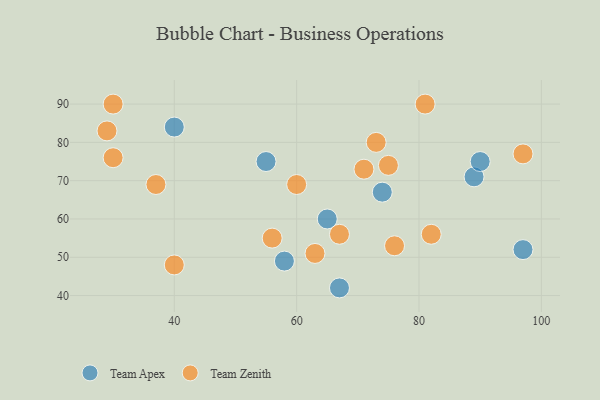
{"axis": {"x": "GDP", "y": "Life Expectancy"}, "legend": ["Team Apex", "Team Zenith"], "data": [{"x": "97", "y": 52, "type": "Team Apex"}, {"x": "65", "y": 60, "type": "Team Apex"}, {"x": "89", "y": 71, "type": "Team Apex"}, {"x": "74", "y": 67, "type": "Team Apex"}, {"x": "58", "y": 49, "type": "Team Apex"}, {"x": "90", "y": 75, "type": "Team Apex"}, {"x": "67", "y": 42, "type": "Team Apex"}, {"x": "40", "y": 84, "type": "Team Apex"}, {"x": "55", "y": 75, "type": "Team Apex"}, {"x": "73", "y": 80, "type": "Team Zenith"}, {"x": "30", "y": 90, "type": "Team Zenith"}, {"x": "75", "y": 74, "type": "Team Zenith"}, {"x": "97", "y": 77, "type": "Team Zenith"}, {"x": "56", "y": 55, "type": "Team Zenith"}, {"x": "81", "y": 90, "type": "Team Zenith"}, {"x": "60", "y": 69, "type": "Team Zenith"}, {"x": "76", "y": 53, "type": "Team Zenith"}, {"x": "30", "y": 76, "type": "Team Zenith"}, {"x": "63", "y": 51, "type": "Team Zenith"}, {"x": "71", "y": 73, "type": "Team Zenith"}, {"x": "40", "y": 48, "type": "Team Zenith"}, {"x": "82", "y": 56, "type": "Team Zenith"}, {"x": "67", "y": 56, "type": "Team Zenith"}, {"x": "37", "y": 69, "type": "Team Zenith"}, {"x": "29", "y": 83, "type": "Team Zenith"}]}